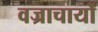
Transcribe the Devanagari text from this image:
वज्राचार्यों